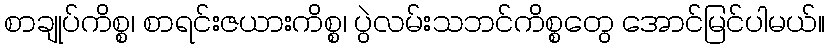
စာချုပ်ကိစ္စ၊ စာရင်းဇယားကိစ္စ၊ ပွဲလမ်းသဘင်ကိစ္စတွေ အောင်မြင်ပါမယ်။